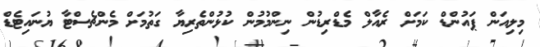
މިލިއަން ޕައުންޑް ކަމަށް ރެއާލް މެޑްރިޑުން ނިންމުމުން ކުޅުންތެރިޔާ ގަތުމަށް މެންޗެސްޓާ ޔުނައިޓެޑް